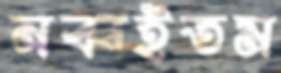
নব্বইতম